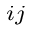
_ { i j }